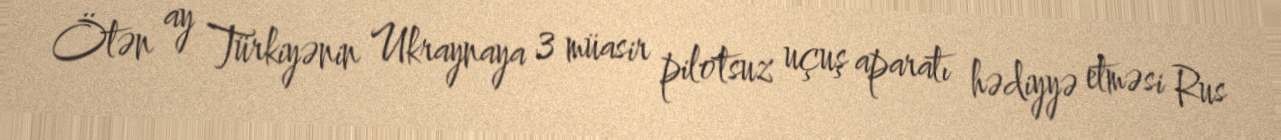
Ötən ay Türkiyənin Ukraynaya 3 müasir pilotsuz uçuş aparatı hədiyyə etməsi Rus